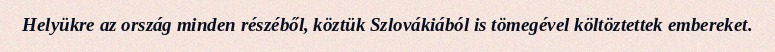
Helyükre az ország minden részéből, köztük Szlovákiából is tömegével költöztettek embereket.